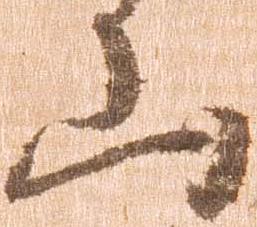
山